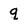
Character: q